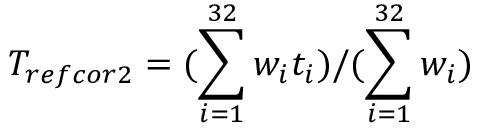
T _ { r e f c o r 2 } = ( \sum _ { i = 1 } ^ { 3 2 } w _ { i } t _ { i } ) / ( \sum _ { i = 1 } ^ { 3 2 } w _ { i } )